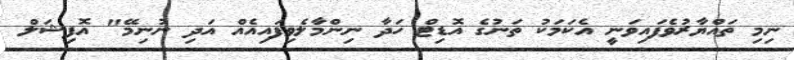
ނިމި ތައްޔާރުވެފައިވަނީ އެކަމަކު ތަނުގެ އޮޑިޓް ހަދާ ނިންމާލެވިފައިއެއް އަދި ނުނިމޭ" އޮފިޝަލް